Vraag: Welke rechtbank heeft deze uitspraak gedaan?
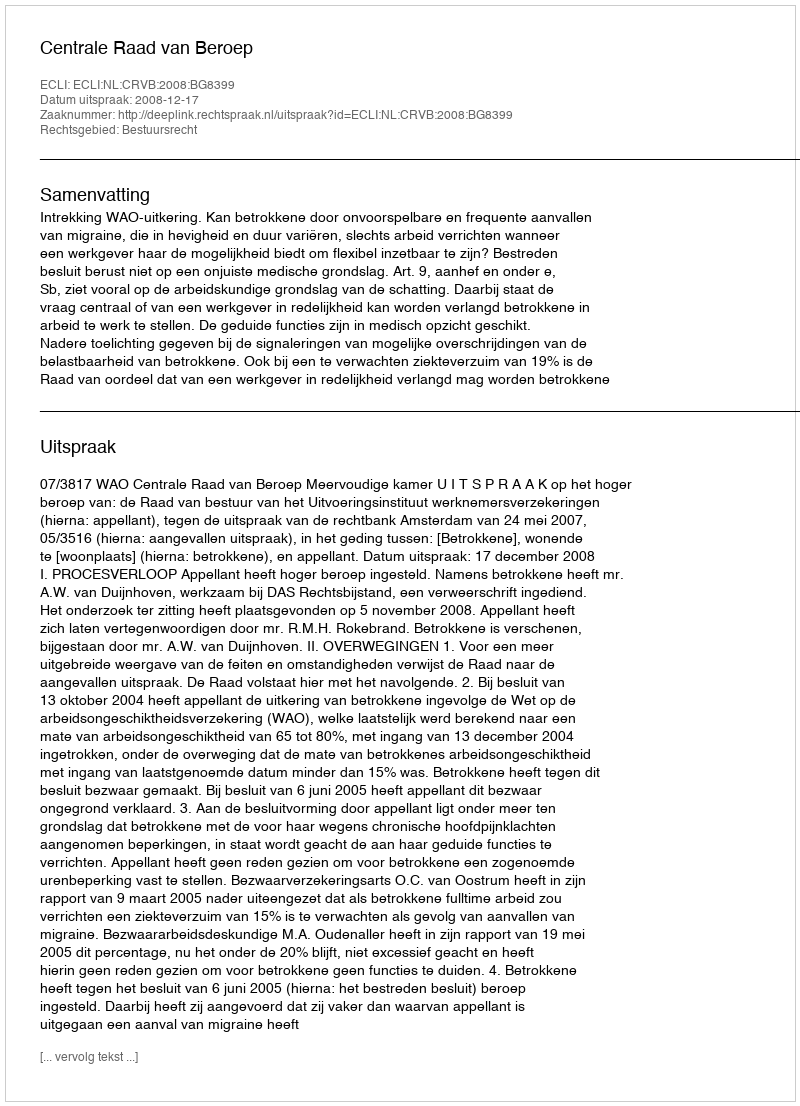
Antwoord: Centrale Raad van Beroep